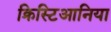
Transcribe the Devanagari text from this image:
क्रिस्टिआनिया